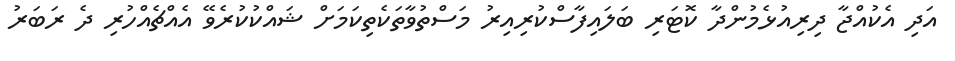
އަދި އެކުއްޖާ ދިރިއުޅެމުންދާ ކޮޓަރި ބަލައިފާސްކުރިއިރު މަސްތުވާތަކެތިކަމަށް ޝައްކުކުރެވޭ އެއްޗެއްހުރި ދެ ރަބަރު